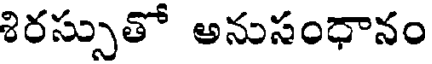
శిరస్సుతో అనుసంధానం